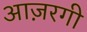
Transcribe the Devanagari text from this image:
आज़रगी